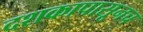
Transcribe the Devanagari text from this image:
दशकापासूनच